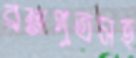
ব্রহ্মপুত্রসহ